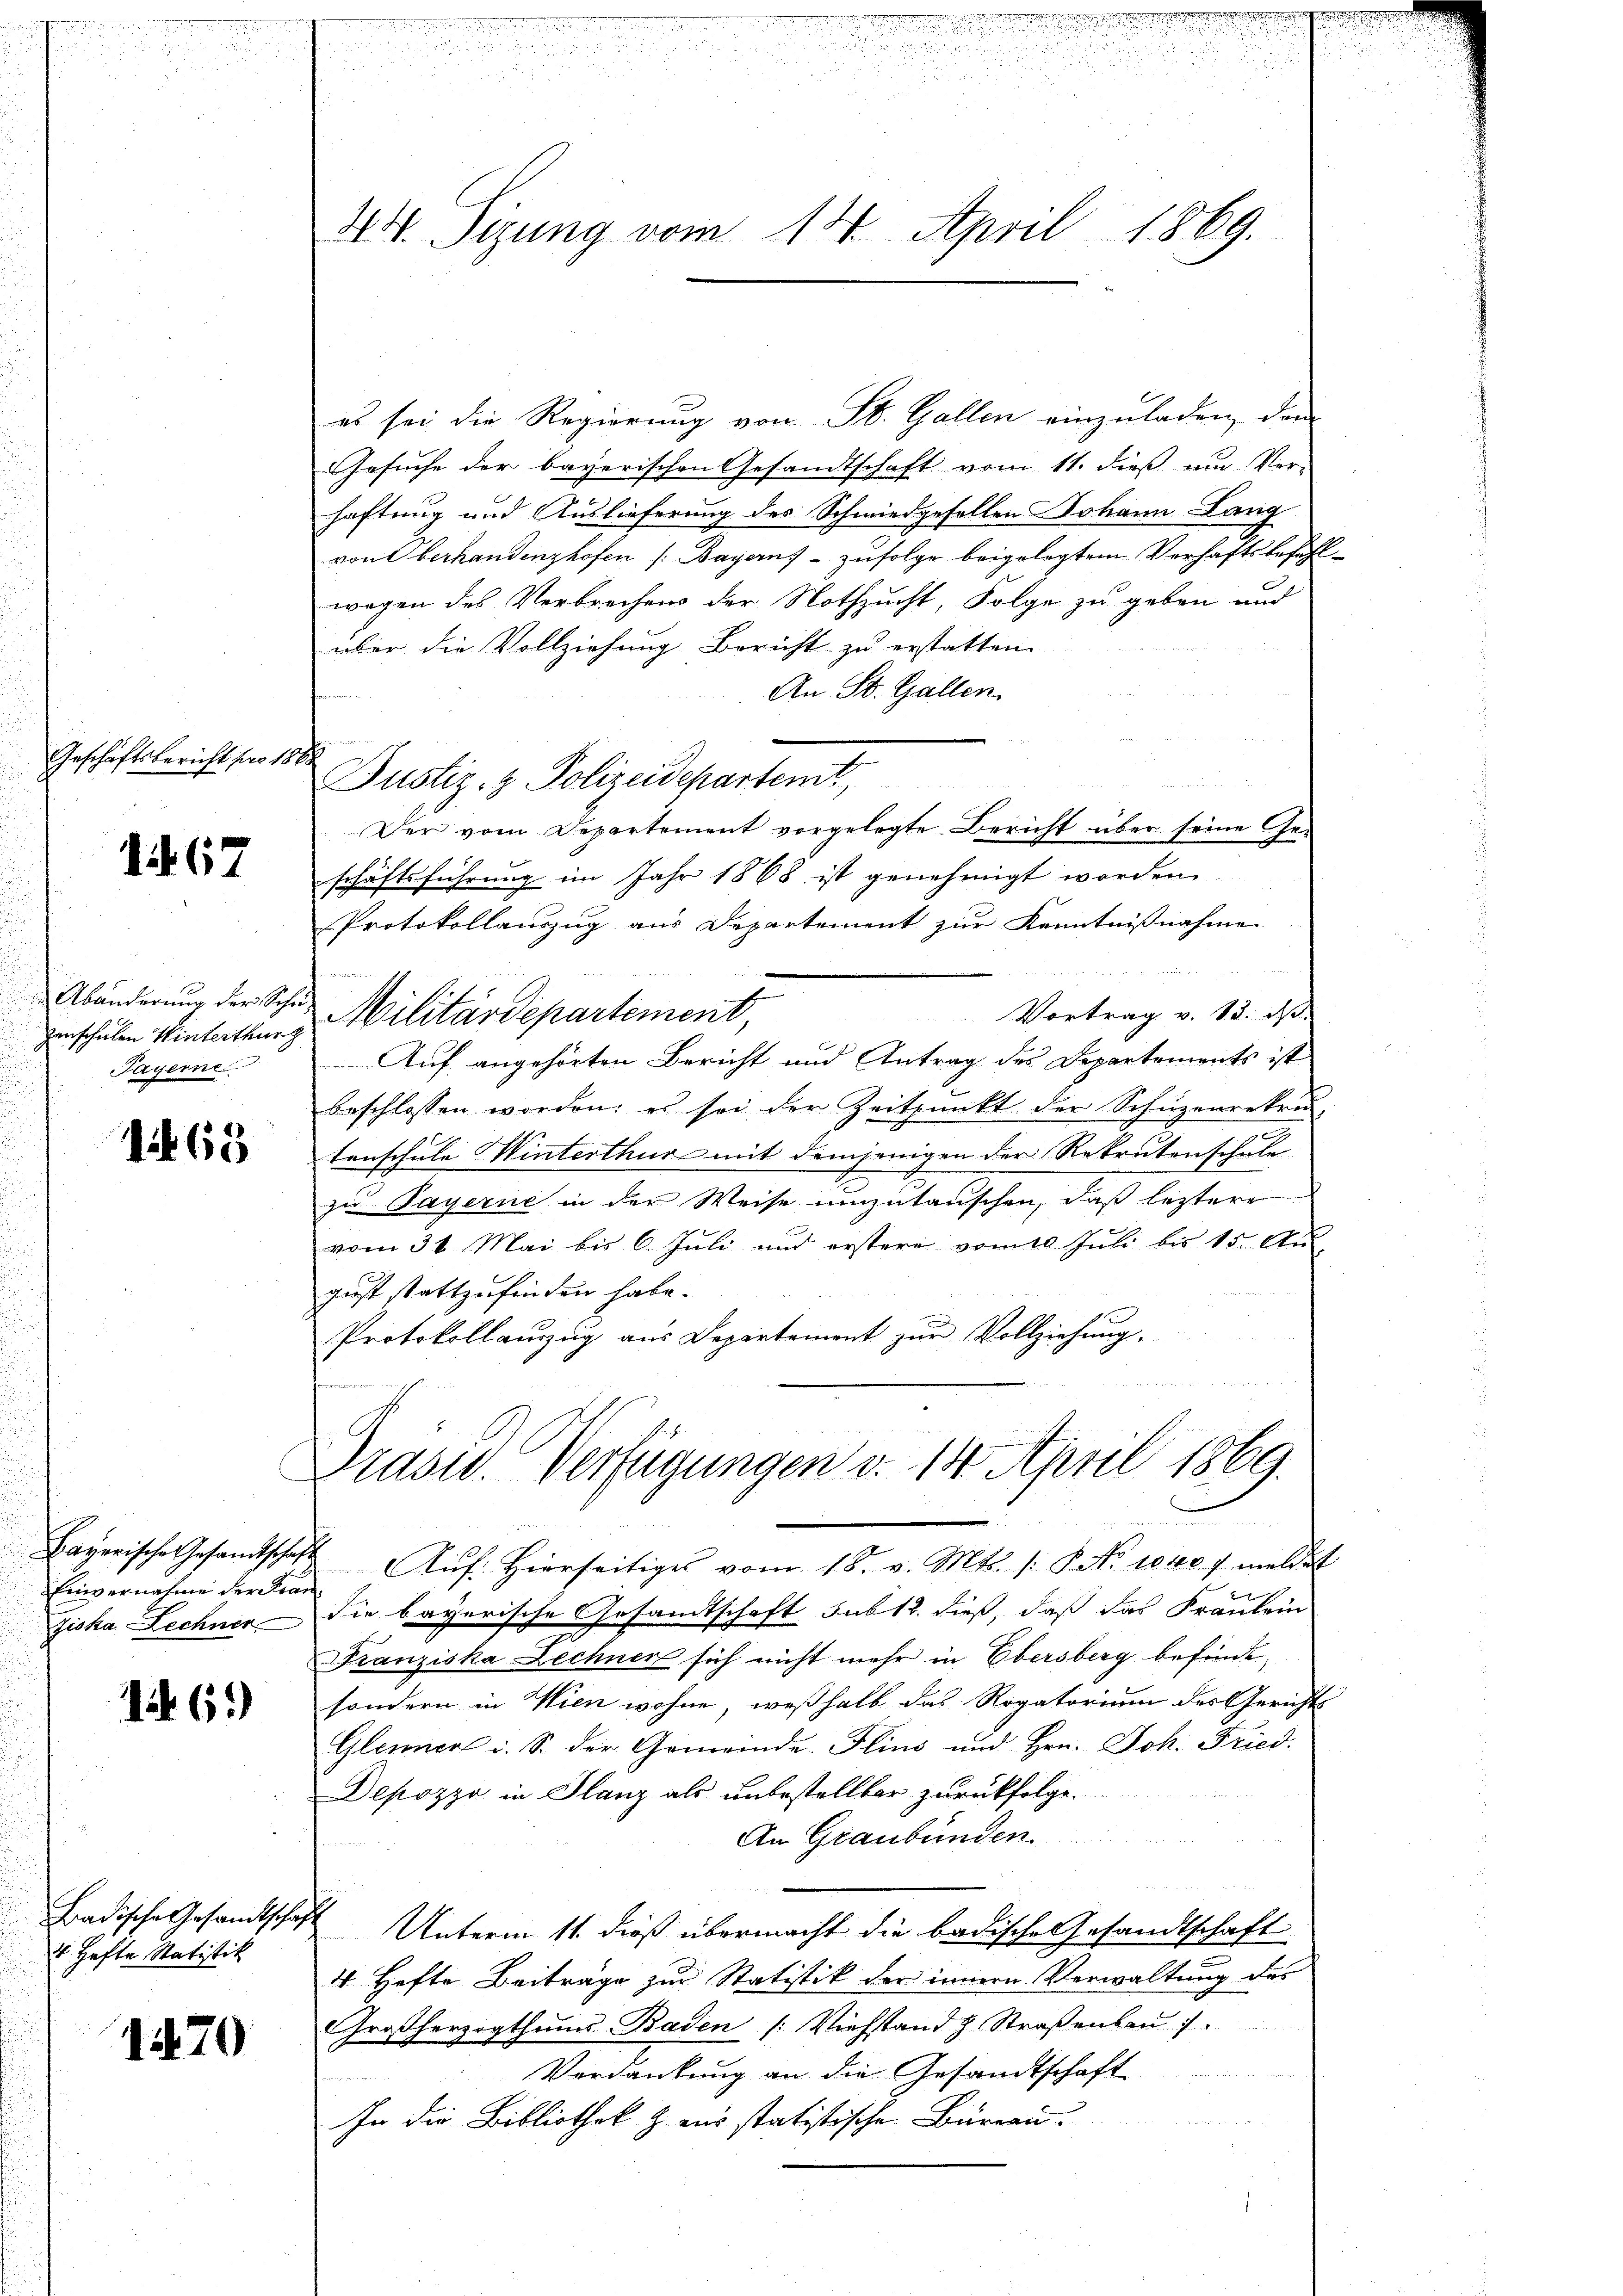
Geschäftsbericht pro 18 x

1467

Abänderung der Sche
enschulen Winterthurg
Payerne

165

Bayerische Gesandtschaf
Einvernahme der Kra
ziska Lechner

1461)

Badische Gesandtschaf
4. Hefte Statistik

1470

44. Sigung vom 14. April 1869.

es sei die Regierung von St. Gallen einzuladen, dann
Gesuche der bayerischen Gesandtschaft vom 11. dieß um Ver-
haftung und Auslieferung des Schmiedgesellen Johann Lang
von Oberhandenzhofen (Bayern, – zufolge beigelegtem Verhaftsbefehl
wegen des Verbrechens der Nothzucht, Folge zu geben und
über die Vollziehung Bericht zu erstatten.
An St. Gallen.
t
Justiz- & Polizeidepartemt
Der vom Departement vorgelegte Bericht über seine Geschäftsführung im Jahr 1868 ist genehmigt worden.
Protokollauszug aus Departement zur Kenntnißnahme

Vortrag v. 13. d.
Militärdepartement,
Auf angehörten Bericht und Antrag des Departements ist
beschlossen worden; es sei der Zeitpunkt der Schuzenrekru
tenschule Winterthur mit demjenigen der Rekrutenschule
zu Payerne in der Weise umzutauschen, daß leztere
vom 31. Mai bis 6. Juli und erstere vom 10 Juli bis 15. Au
gust stattzufinden habe.
Protokollauszug aus Departement zur Vollziehung.
Drasid. Verfügungen d. 14. April 1869.
d
 Aŭf Hierseitiges vom 18. v. Mts. /: P. No 1040 / melde
f
die bayerische Gesandtschaft sub 12. dieß, daß das Fräulein
Franziska Lechner sich nicht mehr in Ebersberg befinde,
sondern in Wien wohne, weßhalb das Rogatorium des Gerichts
Glenen u. S. der Gemeinde Flins und Hrn. Joh. Fried.
Depozzo in Glanz als unbestellbar zurückfolge.
An Graubünden
 Unterm 11. dieß übermacht die badische Gesandtschaft
4 Hefte Beiträge zur Statistik der innern Verwaltung des
Großherzogthums Baden /: Viehstand z. Straßenbau
Verdankung an die Gesandtschaft
e
In die Bibliothek z. aus statistische Büreau.
ta redet der Mater